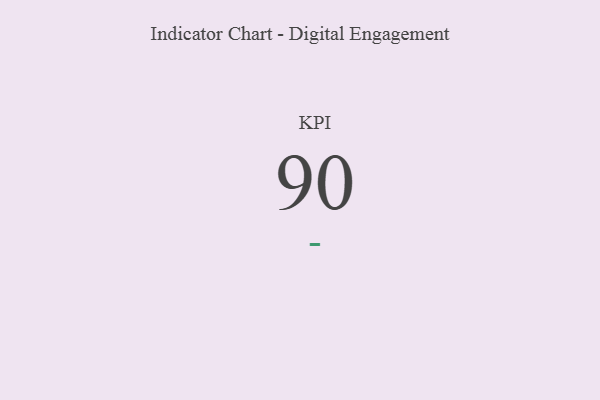
{"axis": {"x": "KPI", "y": "Value"}, "legend": [""], "data": [{"x": "KPI", "y": 90, "type": ""}]}